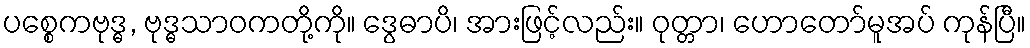
ပစ္စေကဗုဒ္ဓ, ဗုဒ္ဓသာဝကတို့ကို။ ဒွေဓာပိ၊ အားဖြင့်လည်း။ ဝုတ္တာ၊ ဟောတော်မူအပ် ကုန်ပြီ။